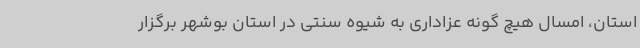
استان، امسال هیچ گونه عزاداری به شیوه سنتی در استان بوشهر برگزار